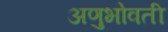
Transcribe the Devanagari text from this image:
अणुभोवती